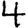
Digit: 4